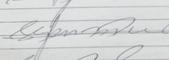
Signature authenticity: genuine